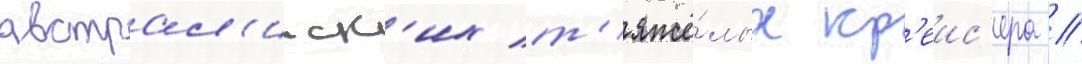
австрал'ииск'их т'яжё́лых кр'еис'ера //